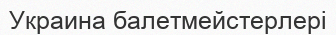
Украина балетмейстерлері